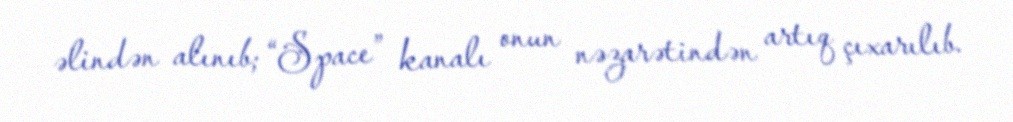
əlindən alınıb; “Space” kanalı onun nəzarətindən artıq çıxarılıb.